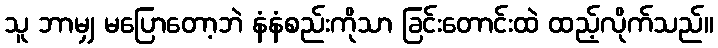
သူ ဘာမျှ မပြောတော့ဘဲ နံနံစည်းကိုသာ ခြင်းတောင်းထဲ ထည့်လိုက်သည်။